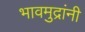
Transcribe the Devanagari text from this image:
भावमुद्रांनी